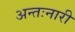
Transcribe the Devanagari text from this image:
अन्तःनारी